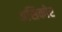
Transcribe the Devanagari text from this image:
असिकोर